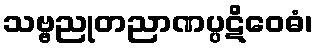
သဗ္ဗညုတညာဏပ္ပဋိဝေဓံ၊